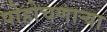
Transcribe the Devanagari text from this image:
पोहोचणार्‍या